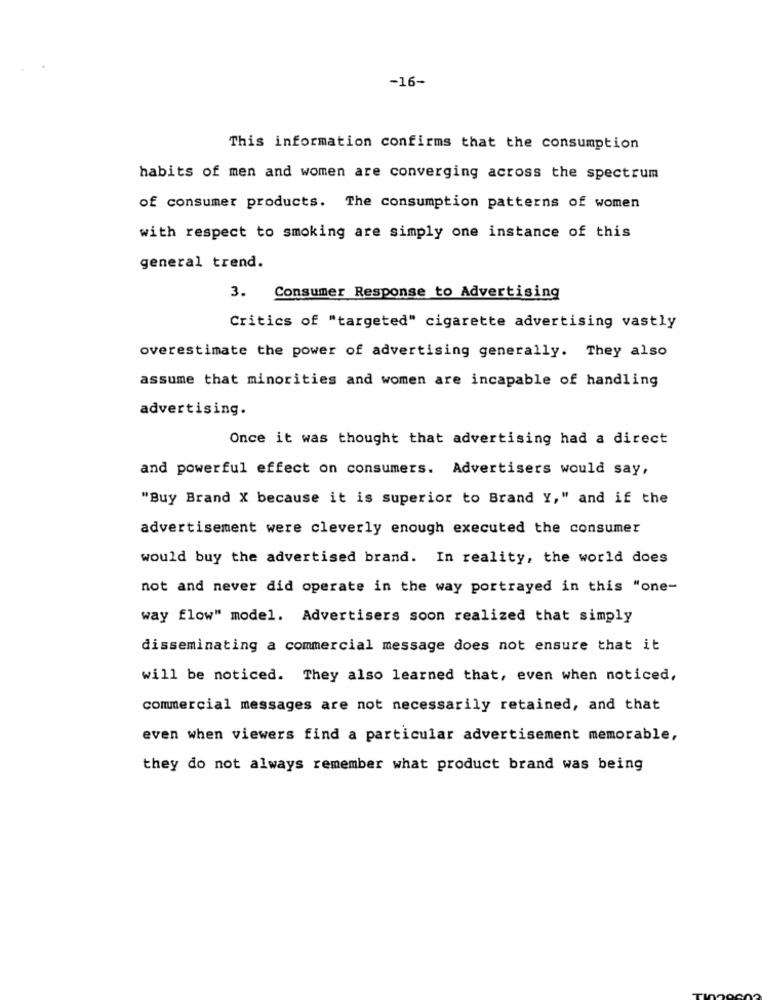
-16-
This information confirms that the consumption
habits of men and women are converging across the spectrum
of consumer products. The consumption patterns of women
with respect to smoking are simply one instance of this
general trend.
3. Consumer Response to Advertising
Critics of "targeted" cigarette advertising vastly
overestimate the power of advertising generally. They also
assume that minorities and women are incapable of handling
advertising.
Once it was thought that advertising had a direct
and powerful effect on consumers. Advertisers would say,
"Buy Brand X because it is superior to Brand Y," and if the
advertisement were cleverly enough executed the consumer
would buy the advertised brand. In reality, the world does
not and never did operate in the way portrayed in this "one-
way flow" model. Advertisers soon realized that simply
disseminating a commercial message does not ensure that it
will be noticed. They also learned that, even when noticed,
commercial messages are not necessarily retained, and that
even when viewers find a particular advertisement memorable,
they do not always remember what product brand was being